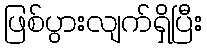
ဖြစ်ပွားလျက်ရှိပြီး